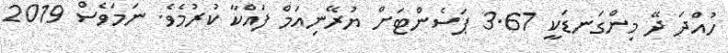
ހުއްދަ ދޭ މިންގަނޑަކީ 3.67 ޕަސެންޓަށް ޔުރޭނިއަމް ފައްކާ ކުރުމެވެ. ނަމަވެސް 2019